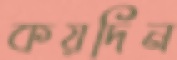
কয়দিন